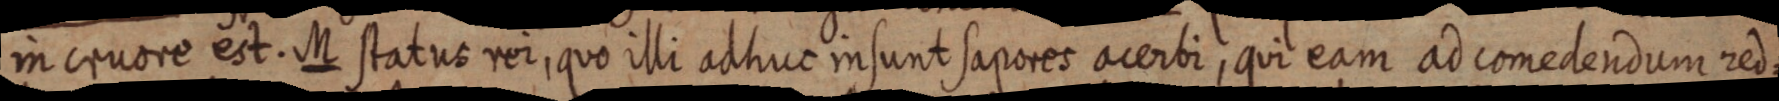
in cruore est. M status rei, quo illi adhuc in sunt sapores acerbi, qui eam ad comedendum red